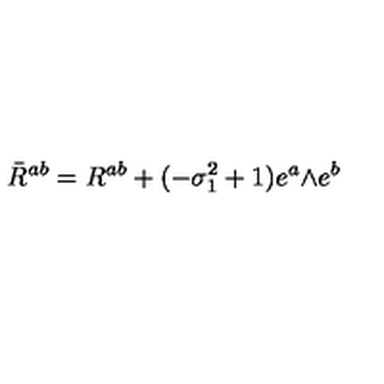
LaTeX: \bar { R } ^ { a b } = R ^ { a b } + ( - \sigma _ { 1 } ^ { 2 } + 1 ) e ^ { a } \mathrm { \tiny \wedge } e ^ { b }